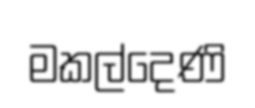
මකල්දෙණි